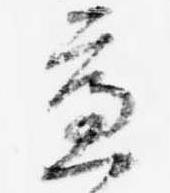
慮